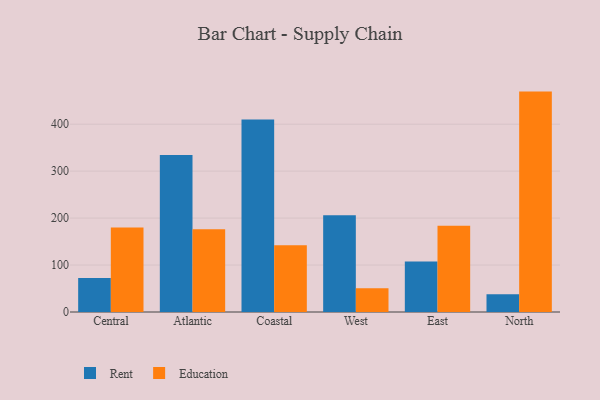
{"axis": {"x": "Region", "y": "Customer Acquisition Cost (USD)"}, "legend": ["Education", "Rent"], "data": [{"x": "Central", "y": 72.6, "type": "Rent"}, {"x": "Central", "y": 179.9, "type": "Education"}, {"x": "Atlantic", "y": 334.3, "type": "Rent"}, {"x": "Atlantic", "y": 176.5, "type": "Education"}, {"x": "Coastal", "y": 409.8, "type": "Rent"}, {"x": "Coastal", "y": 142.3, "type": "Education"}, {"x": "West", "y": 205.8, "type": "Rent"}, {"x": "West", "y": 50.5, "type": "Education"}, {"x": "East", "y": 107.4, "type": "Rent"}, {"x": "East", "y": 183.7, "type": "Education"}, {"x": "North", "y": 37.9, "type": "Rent"}, {"x": "North", "y": 469.4, "type": "Education"}]}